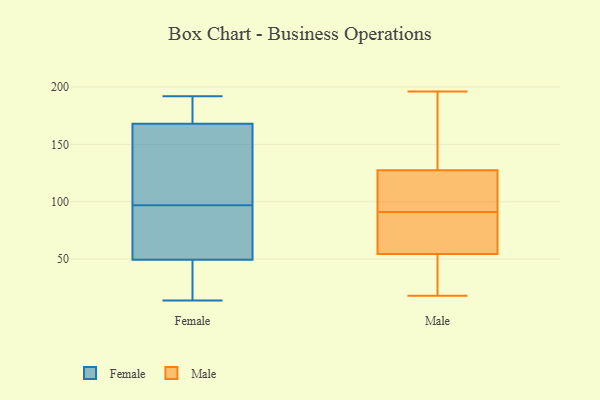
{"axis": {"x": "Production Output", "y": "Value"}, "legend": ["Female", "Male"], "data": [{"x": "", "y": 42, "type": "Female"}, {"x": "", "y": 167, "type": "Female"}, {"x": "", "y": 23, "type": "Female"}, {"x": "", "y": 169, "type": "Female"}, {"x": "", "y": 57, "type": "Female"}, {"x": "", "y": 172, "type": "Female"}, {"x": "", "y": 144, "type": "Female"}, {"x": "", "y": 96, "type": "Female"}, {"x": "", "y": 61, "type": "Female"}, {"x": "", "y": 98, "type": "Female"}, {"x": "", "y": 169, "type": "Female"}, {"x": "", "y": 192, "type": "Female"}, {"x": "", "y": 25, "type": "Female"}, {"x": "", "y": 14, "type": "Female"}, {"x": "", "y": 87, "type": "Female"}, {"x": "", "y": 127, "type": "Female"}, {"x": "", "y": 148, "type": "Male"}, {"x": "", "y": 51, "type": "Male"}, {"x": "", "y": 196, "type": "Male"}, {"x": "", "y": 80, "type": "Male"}, {"x": "", "y": 103, "type": "Male"}, {"x": "", "y": 18, "type": "Male"}, {"x": "", "y": 102, "type": "Male"}, {"x": "", "y": 125, "type": "Male"}, {"x": "", "y": 130, "type": "Male"}, {"x": "", "y": 58, "type": "Male"}, {"x": "", "y": 24, "type": "Male"}, {"x": "", "y": 68, "type": "Male"}]}